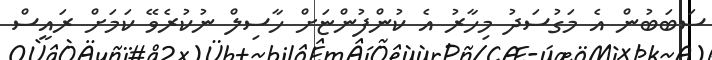
ސަބަބުން އެ މަގުސަދު މިހާރު އެ ކުންފުންޏަށް ހާސިލް ނުކުރެވޭ ކަމަށް ރައީސް